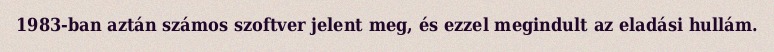
1983-ban aztán számos szoftver jelent meg, és ezzel megindult az eladási hullám.